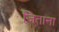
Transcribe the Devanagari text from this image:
जिताना